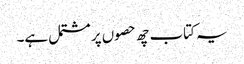
یہ کتاب چھ حصوں پر مشتمل ہے۔